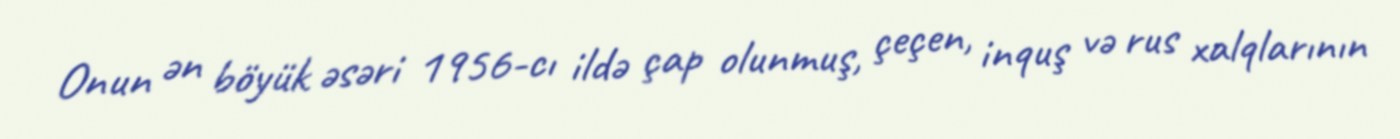
Onun ən böyük əsəri 1956-cı ildə çap olunmuş, çeçen, inquş və rus xalqlarının